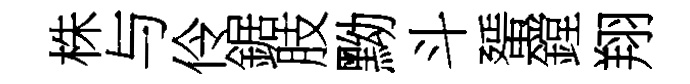
株与伶鋸肢黝斗蜑鏜翔